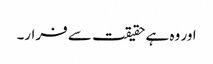
اور وہ ہے حقیقت سے فرار۔